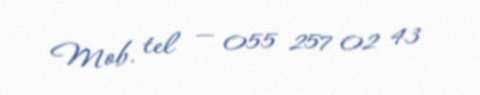
Mob. tel — 055 257 02 43